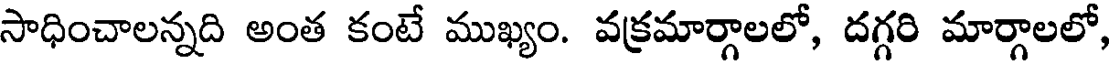
సాధించాలన్నది అంత కంటే ముఖ్యం. వక్రమార్గాలలో, దగ్గరి మార్గాలలో,